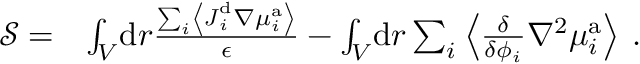
\begin{array} { r l } { \mathcal { S } = } & { \int _ { V } \! \mathrm { d } \boldsymbol { r } \frac { \sum _ { i } \left\langle \boldsymbol { J } _ { i } ^ { \mathrm { d } } \nabla { \mu } _ { i } ^ { \mathrm { a } } \right\rangle } { \epsilon } - \int _ { V } \! \mathrm { d } \boldsymbol { r } \sum _ { i } \left\langle \frac { \delta } { \delta { \phi _ { i } } } \nabla ^ { 2 } \mu _ { i } ^ { \mathrm { a } } \right\rangle \, . } \end{array}